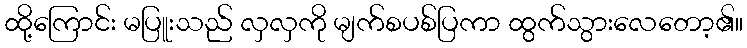
ထို့ကြောင်း မပြူးသည် လှလှကို မျက်စပစ်ပြကာ ထွက်သွားလေတော့၏။